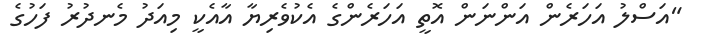
"އަސްލު އަހަރެން އަންނަން އޮތީ އަހަރެންގެ އެކުވެރިޔާ އާއެކީ މިއަދު މެނދުރު ފަހުގެ